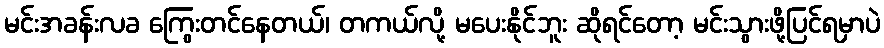
မင်းအခန်းလခ ကြွေးတင်နေတယ်၊ တကယ်လို့ မပေးနိုင်ဘူး ဆိုရင်တော့ မင်းသွားဖို့ပြင်ရမှာပဲ